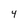
Character: 4